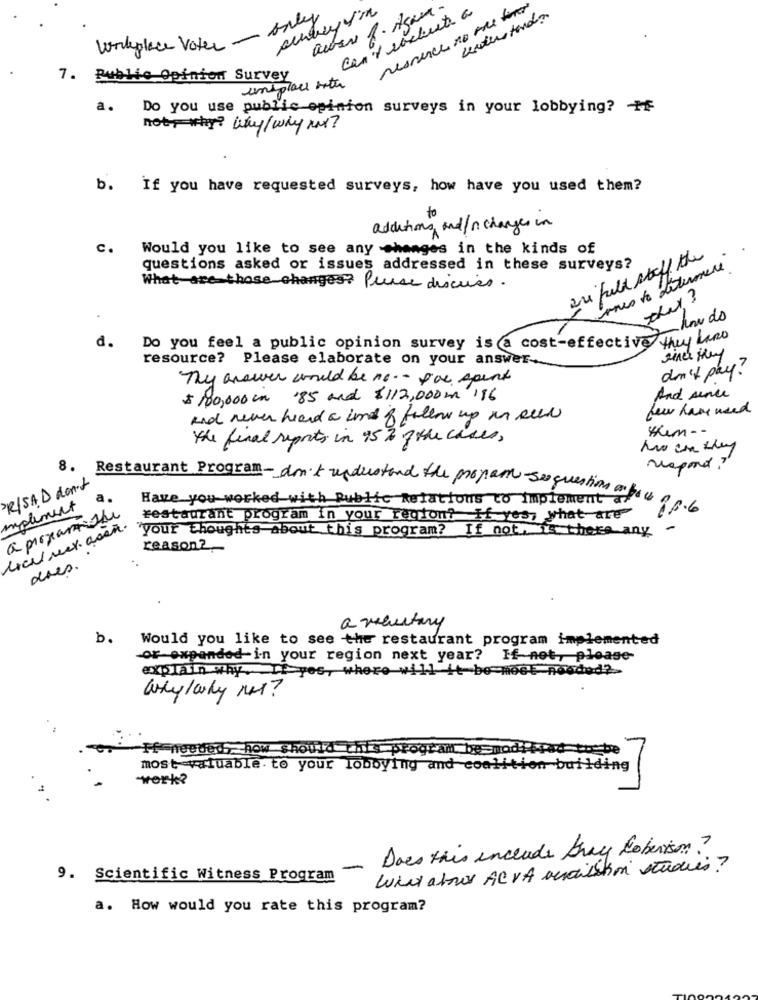
can't rocket a
ressence no me fra
workplace Voter - only
7. Public Opinion Survey
unsplace with
a.
Do you use public opinion surveys in your lobbying? +
not, why? why/why max?
b.
If you have requested surveys, how have you used them?
additions and / n changes in
c.
Would you like to see any changes in the kinds of
are fuld staff the
questions asked or issues addressed in these surveys?
ones to determine
What are those changes? Purse discuss.
how do
they have
d.
Do you feel a public opinion survey is a cost-effective
resource? Please elaborate on your answer.
don't pay?
Thy answer would be no .- for spent
$ 100,000 cm '85 and $112,000m 196
And sence
few have used
and never heard a und of follow up in sele
the final reports in 95 % ofthe cases,
8.
respond"
PRISAD don't
Restaurant Program- don't understand the proper-sex questions a peu
Have you worked with Public Relations to Implement of
implement
10.6
aproxantiche
restaurant program in your region? If yes, what are
they weet ab your thoughts about this program) if not, is thereany
reason ?__
dres.
a voluntary
b.
Would you like to see the restaurant program implemented
or expanded-in your region next year? If not, please
explain why. If you, where will it be moet noodod?
If needed, how should this program be modified to be
most valuable. to your lobbying and coalition building
work?
Does this includes bray Roberison?
-
Will also AC VA andisation studies?
9. Scientific Witness Program
a. How would you rate this program?